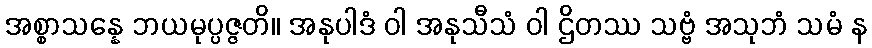
အစ္စာသန္နေ ဘယမုပ္ပဇ္ဇတိ။ အနုပါဒံ ဝါ အနုသီသံ ဝါ ဌိတဿ သဗ္ဗံ အသုဘံ သမံ န